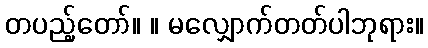
တပည့်တော်။ ။ မလျှောက်တတ်ပါဘုရား။